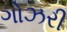
ગોઝરી